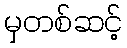
မှတစ်ဆင့်